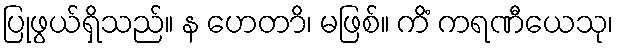
ပြုဖွယ်ရှိသည်။ န ဟေတာိ၊ မဖြစ်။ ကိံ ကရဏီယေသု၊